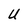
Character: U